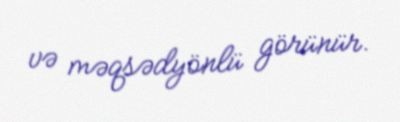
və məqsədyönlü görünür.